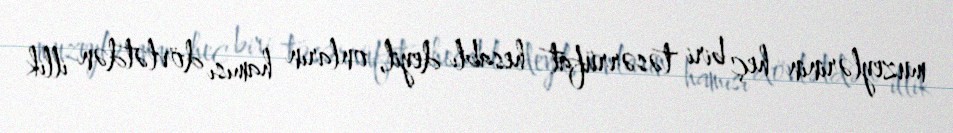
muzeylərinin heç biri təsərrüfat hesablı deyil, onların hamısı dövlətdən illik